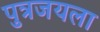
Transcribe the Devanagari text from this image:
पुत्रजयला